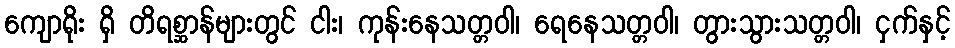
ကျောရိုး ရှိ တိရစ္ဆာန်များတွင် ငါး၊ ကုန်းနေသတ္တဝါ၊ ရေနေသတ္တဝါ၊ တွားသွားသတ္တဝါ၊ ငှက်နှင့်